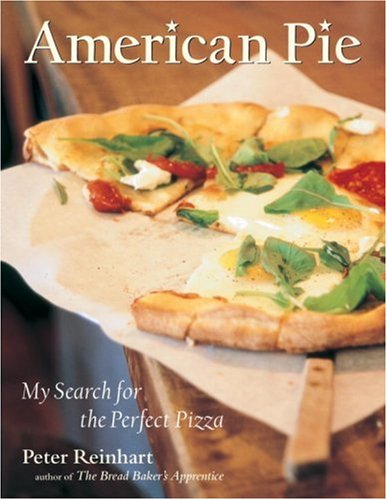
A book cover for American Pie: My Search for the Perfect Pizza; Peter Reinhart; Cookbooks, Food & Wine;